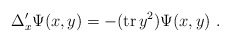
\begin{align*} \Delta^{\prime}_x \Psi(x,y) = - ({\rm tr}\,y^2) \Psi(x,y) \ .\end{align*}